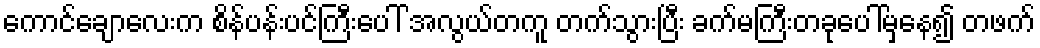
ကောင်ချောလေးက စိန်ပန်းပင်ကြီးပေါ် အလွယ်တကူ တက်သွားပြီး ခက်မကြီးတခုပေါ်မှနေ၍ တဖက်